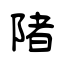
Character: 陼